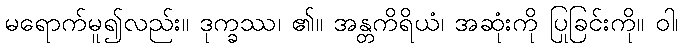
မရောက်မူ၍လည်း။ ဒုက္ခဿ၊ ၏။ အန္တကိရိယံ၊ အဆုံးကို ပြုခြင်းကို။ ဝါ၊